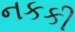
નકકી